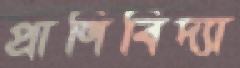
প্রাণিবিদ্যা